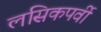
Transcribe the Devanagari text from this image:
लसिकपर्वी